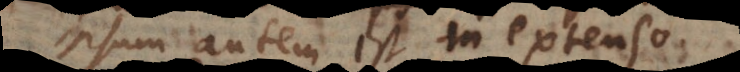
ipsum autem est in extenso.